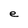
Character: e